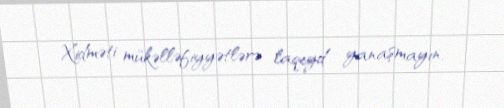
Xidməti mükəlləfiyyətlərə laqeyd yanaşmayın.